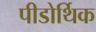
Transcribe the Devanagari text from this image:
पीडोर्थिक